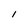
Character: I